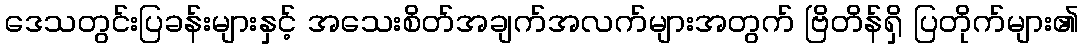
ဒေသတွင်းပြခန်းများနှင့် အသေးစိတ်အချက်အလက်များအတွက် ဗြိတိန်ရှိ ပြတိုက်များ၏